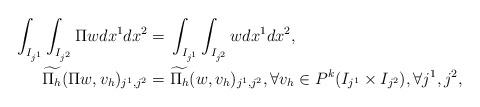
LaTeX: \begin{align*}\int_{I_{j^1}}\int_{I_{j^2}} \Pi w dx^1 dx^2 =&\; \int_{I_{j^1}}\int_{I_{j^2}} w dx^1 dx^2,\\\widetilde{\Pi_h}(\Pi w,v_h)_{j^1,j^2} =&\; \widetilde{\Pi_h}(w,v_h)_{j^1,j^2}, \forall v_h\in P^k(I_{j^1}\times I_{j^2}),\forall j^1,j^2,\end{align*}